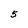
Character: 5